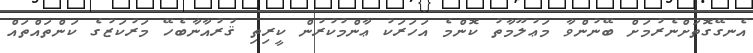
އެނގޭގޮތަށްނެރުމަށް ބޭނުންވާ މަޢުލޫމާތު ކޮންމެ އަހަރަކު ޢާންމުކުރުން ކީރިތި ޤުރުއާނާބެހޭ މަރުކަޒުގެ ކަންތައްތައް